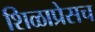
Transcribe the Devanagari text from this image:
शिळाप्रेसच